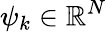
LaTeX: \psi_{k}\in\mathbb{R}^{N}